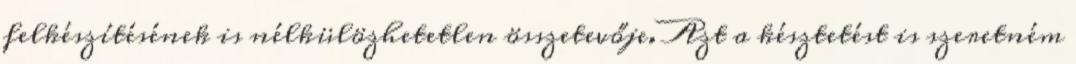
felkészítésének is nélkülözhetetlen összetevője. Azt a késztetést is szeretném